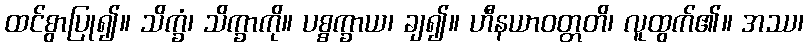
ထင်စွာပြု၍။ သိက္ခံ၊ သိက္ခာကို။ ပစ္စက္ခာယ၊ ချ၍။ ဟီနယာဝတ္တတိ၊ လူထွက်၏။ အဿ၊